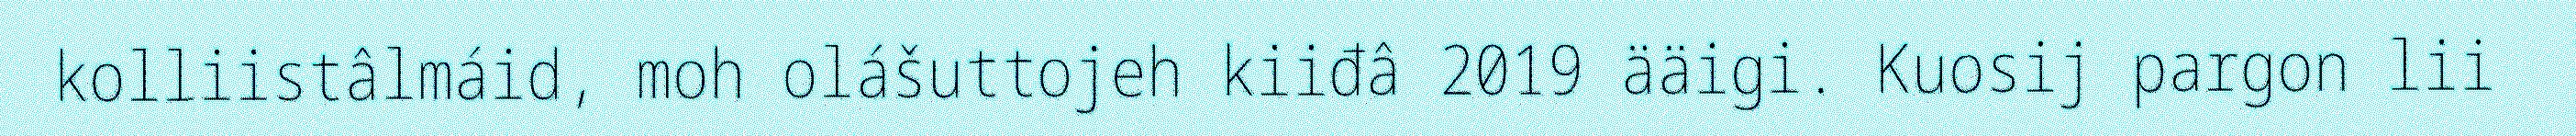
kolliistâlmáid, moh olášuttojeh kiiđâ 2019 ääigi. Kuosij pargon lii